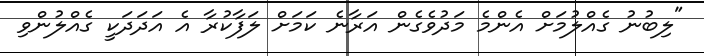
"ލިބުނު ގެއްލުމަށް އެންމެ މަދުވެގެން އަރާނެ ކަމަށް ލަފާކުރާ އެ އަދަދަކީ ގެއްލުންވި